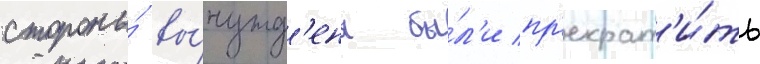
стороны́ вы́нужд'ены бы́л'и пр'екрат'и́ть